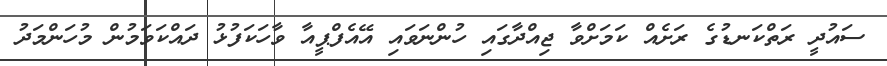
ސައުދީ ރަތްކަނޑުގެ ރަށެއް ކަމަށްވާ ޖިއްދާގައި ހުންނަވައި އޭއެފްޕީއާ ވާހަކަފުޅު ދައްކަވަމުން މުހަންމަދު